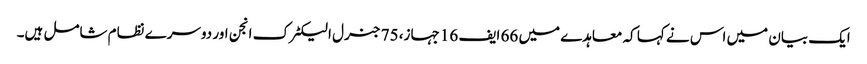
ایک بیان میں اس نے کہا کہ معاہدے میں 66 ایف 16 جہاز، 75 جنرل الیکٹرک انجن اور دوسرے نظام شامل ہیں۔